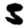
Digit: 5